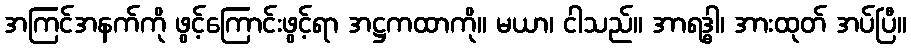
အကြင်အနက်ကို ဖွင့်ကြောင်းဖွင့်ရာ အဋ္ဌကထာကို။ မယာ၊ ငါသည်။ အာရဒ္ဓါ၊ အားထုတ် အပ်ပြီ။